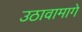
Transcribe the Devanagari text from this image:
उठावामागे